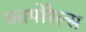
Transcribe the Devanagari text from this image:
कापोरेल्स